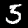
Label: 5